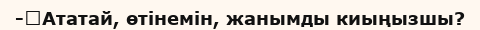
-	Ататай, өтінемін, жанымды киыңызшы?